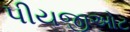
પીયજીઓટ